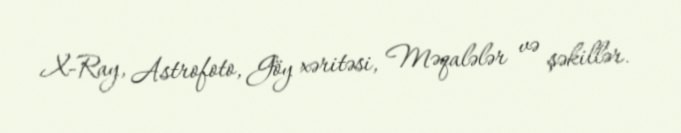
X-Ray, Astrofoto, Göy xəritəsi, Məqalələr və şəkillər.